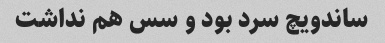
ساندویچ سرد بود و سس هم نداشت